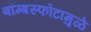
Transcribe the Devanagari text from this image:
बॉम्बस्फोटामुळे